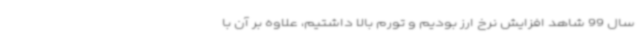
سال 99 شاهد افزایش نرخ ارز بودیم و تورم بالا داشتیم، علاوه بر آن با